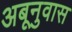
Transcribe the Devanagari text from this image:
अबूनुवास